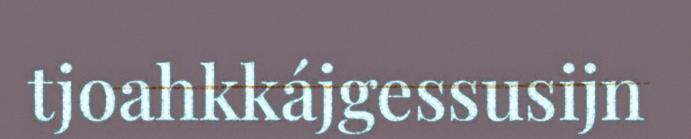
tjoahkkájgessusijn